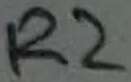
Text: R2